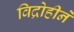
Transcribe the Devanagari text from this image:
विद्रोहीने